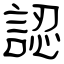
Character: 認